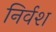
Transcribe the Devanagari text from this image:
निर्वश